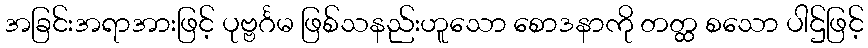
အခြင်းအရာအားဖြင့် ပုဗ္ဗင်္ဂမ ဖြစ်သနည်းဟူသော စောဒနာကို တတ္ထ စသော ပါဌ်ဖြင့်